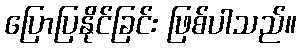
ပြောပြနိုင်ခြင်း ဖြစ်ပါသည်။